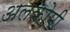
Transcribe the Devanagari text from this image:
अलकोमी